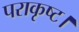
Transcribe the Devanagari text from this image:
पराकृष्ट।